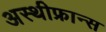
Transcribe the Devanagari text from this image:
अस्थीफ्रान्स